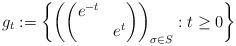
LaTeX: \begin{align*}g_{t} := \left\{ \left(\begin{pmatrix} e^{-t}& \\ &e^{t} \end{pmatrix} \right)_{\sigma \in S} : t \geq 0 \right\}\end{align*}